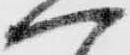
へ